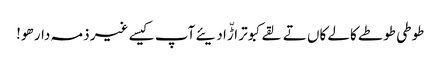
طوطی طوطے کالے کاں تے لقے کبوتر اڑّا دیئے آپ کیسے غیر ذمہ دار ھو!